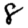
Digit: 8